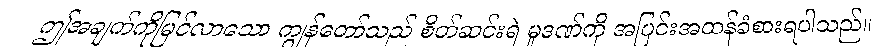
ဤအချက်ကိုမြင်လာသော ကျွန်တော်သည် စိတ်ဆင်းရဲ မှုဒဏ်ကို အပြင်းအထန်ခံစားရပါသည်။